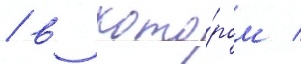
/ в кото́ром /